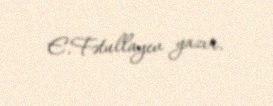
E.Fətullayev yazır.